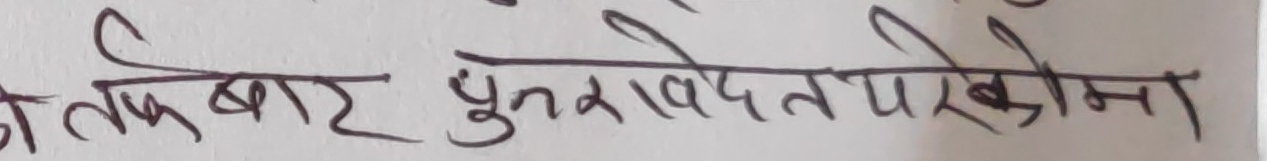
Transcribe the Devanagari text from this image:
तक बार पुनरावदेन परखोमा